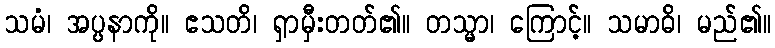
သမံ၊ အပ္ပနာကို။ ဧသတိ၊ ရှာမှီးတတ်၏။ တသ္မာ၊ ကြောင့်။ သမာဓိ၊ မည်၏။